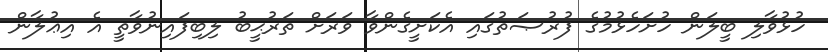
ހުޅުވާލި ބީލަން ހުށަހެޅުމުގެ ފުރުޞަތުގައި އެކަށީގެންވާ ވަރަށް ތަރުޙީބު ލިބިފައިނުވާތީ އެ އިޢުލާން